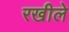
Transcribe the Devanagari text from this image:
रखीले